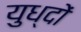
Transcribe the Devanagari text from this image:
युध्दों